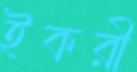
ইকরী